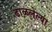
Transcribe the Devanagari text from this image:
ढाळलेल्या